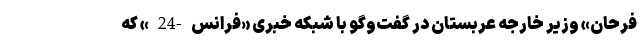
فرحان» وزیر خارجه عربستان در گفت‌و‌گو با شبکه خبری «فرانس-24» که